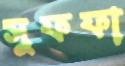
সুফফা